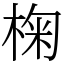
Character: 椈